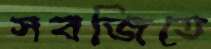
সবজিতে